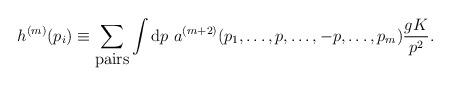
LaTeX: \begin{align*}h^{(m)}(p_i) \equiv\sum_{\hbox{pairs}}\int {\rm d}p\ a^{(m+2)}(p_1,\dots,p,\dots,-p,\dots,p_m) {gK\over p^2}.\end{align*}